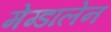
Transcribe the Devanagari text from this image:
मेग्डालेन